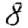
Digit: 8